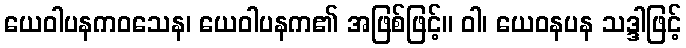
ယေဝါပနကဝသေန၊ ယေဝါပနက၏ အဖြစ်ဖြင့်။ ဝါ၊ ယေဝနပန သဒ္ဒါဖြင့်